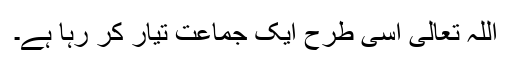
اللہ تعالیٰ اسی طرح ایک جماعت تیار کر رہا ہے۔